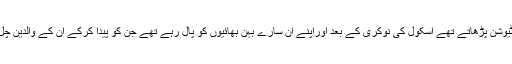
وہ دن رات ٹیوشن پڑھاتے تھے اسکول کی نوکری کے بعد اوراپنے ان سارے بہن بھائیوں کو پال رہے تھے جن کو پیدا کرکے ان کے والدین چل بسے تھے۔